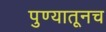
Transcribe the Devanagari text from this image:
पुण्यातूनच